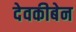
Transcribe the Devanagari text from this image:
देवकीबेन